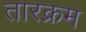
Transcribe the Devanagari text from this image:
तारक्रम